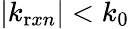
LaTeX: |k_{\mathrm{r}xn}|<k_{\mathrm{0}}